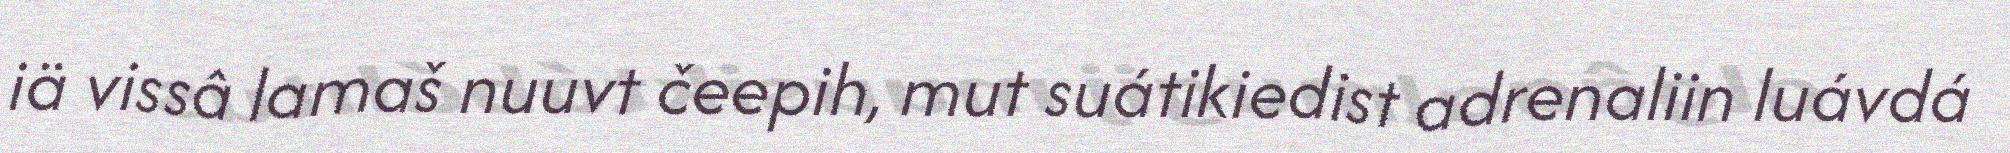
iä vissâ lamaš nuuvt čeepih, mut suátikiedist adrenaliin luávdá